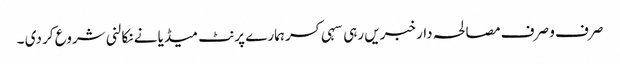
صرف و صرف مصالحہ دار خبریں رہی سہی کسر ہمارے پرنٹ میڈیا نے نکالنی شروع کر دی ۔